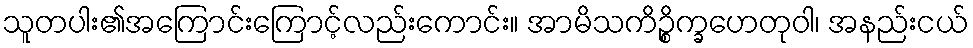
သူတပါး၏အကြောင်းကြောင့်လည်းကောင်း။ အာမိသကိဉ္စိက္ခဟေတုဝါ၊ အနည်းငယ်